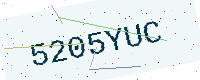
Text: 5205YUC